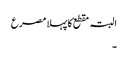
البتہ مقطع کا پہلا مصرع
۔